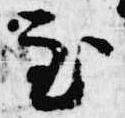
至